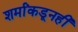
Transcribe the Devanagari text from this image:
शर्मांकडूनही